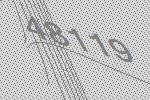
48119